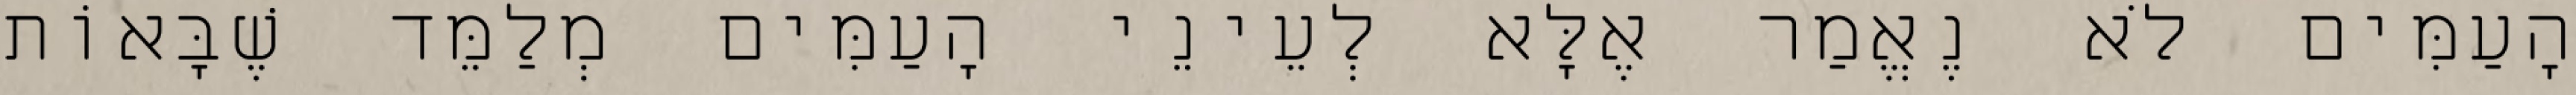
הָעַמִּים לֹא נֶאֱמַר אֶלָּא לְעֵינֵי הָעַמִּים מְלַמֵּד שֶׁבָּאוֹת